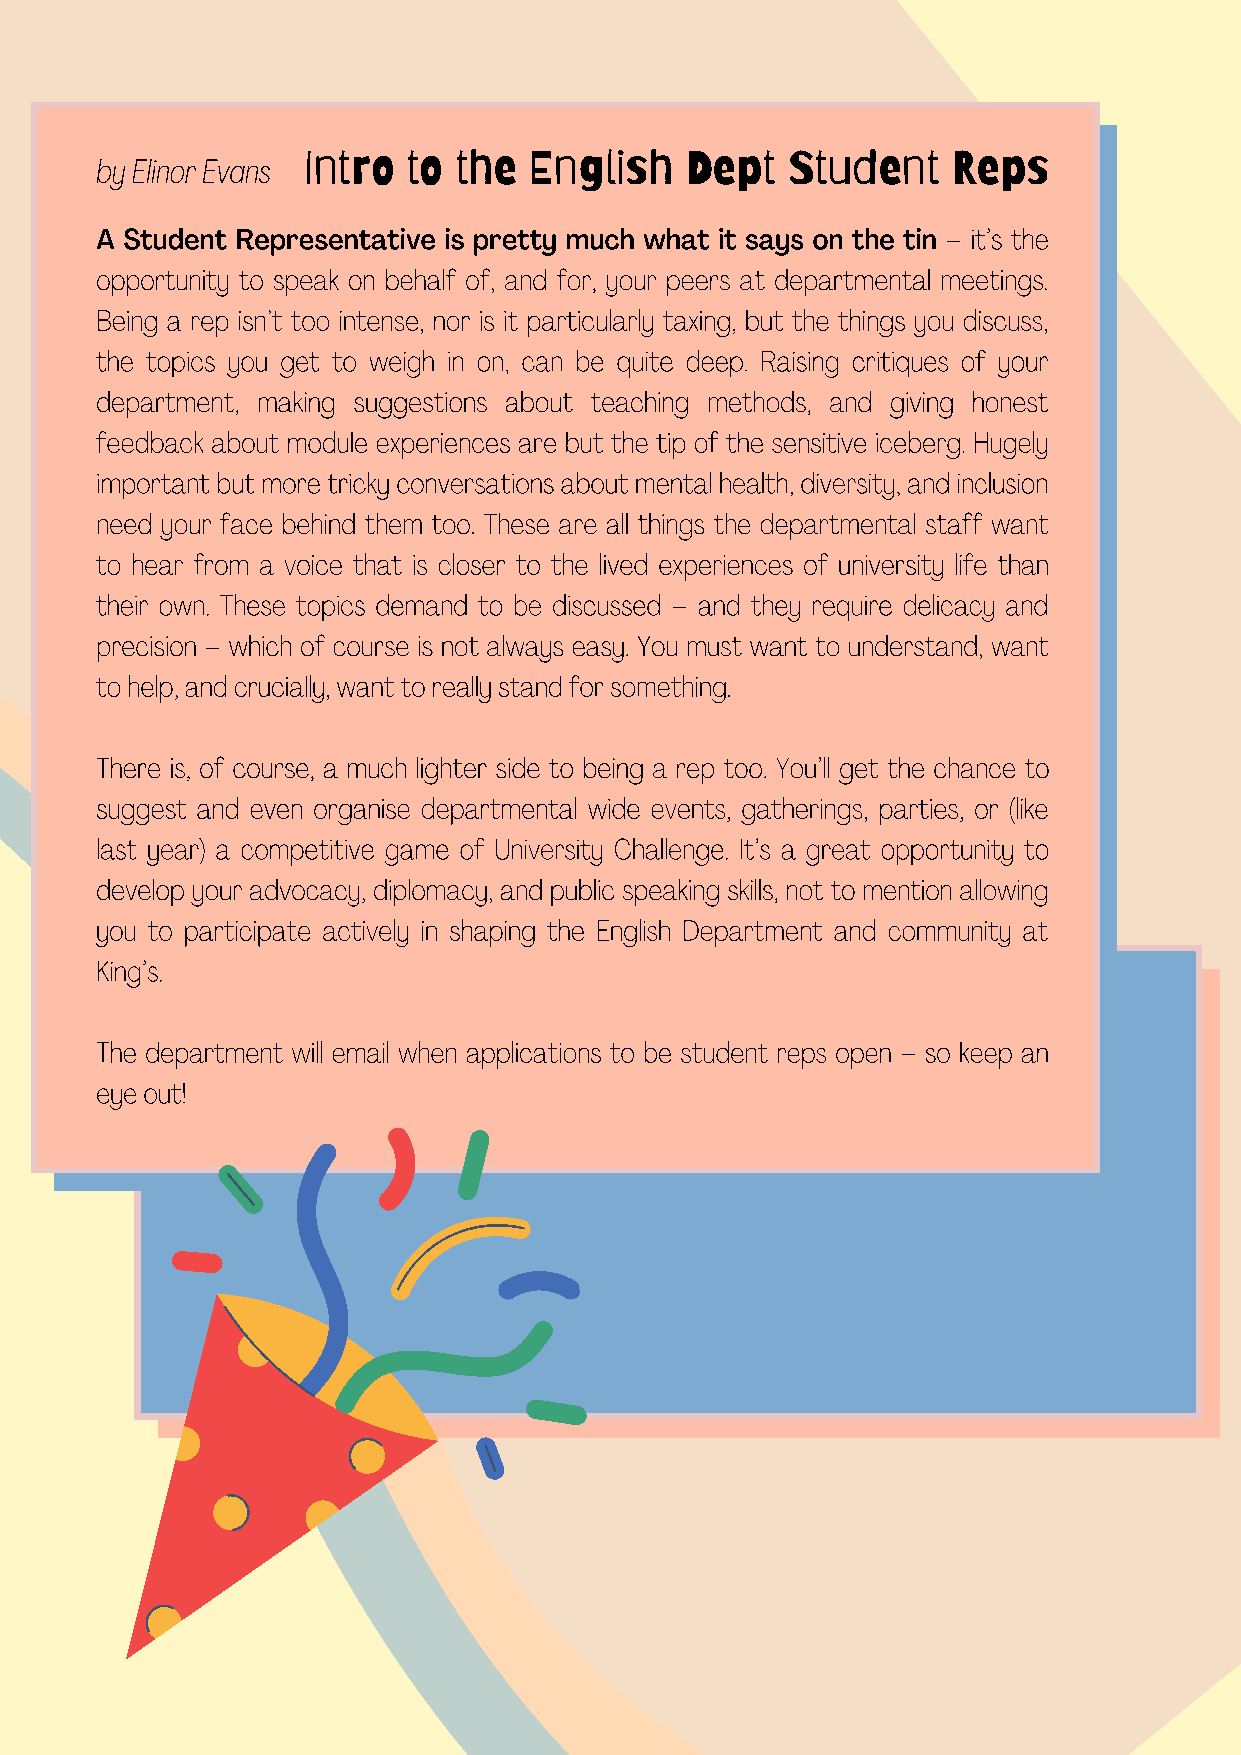
by Elinor Evans Intro to the English   Dept   Student    Reps
 A Student Representative is pretty much what it says on the tin – it’s the
 opportunity to speak on behalf of, and for, your peers at departmental meetings.
 Being a rep isn’t too intense, nor is it particularly taxing, but the things you discuss,
 the topics you get to weigh in on, can be quite deep. Raising critiques of your
 department, making suggestions about teaching methods, and giving honest
 feedback about module experiences are but the tip of the sensitive iceberg. Hugely
 important but more tricky conversations about mental health, diversity, and inclusion
 need your face behind them too. These are all things the departmental staff want
 to hear from a voice that is closer to the lived experiences of university life than
 their own. These topics demand to be discussed – and they require delicacy and
 precision – which of course is not always easy. You must want to understand, want
 to help, and crucially, want to really stand for something.
 There is, of course, a much lighter side to being a rep too. You’ll get the chance to
 suggest and even organise departmental wide events, gatherings, parties, or (like
 last year) a competitive game of University Challenge. It’s a great opportunity to
 develop your advocacy, diplomacy, and public speaking skills, not to mention allowing
 you to participate actively in shaping the English Department and community at
 King’s.
 The department will email when applications to be student reps open – so keep an
 eye out!